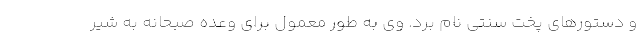
و دستورهای پخت سنتی نام برد. وی به طور معمول برای وعده صبحانه به شیر